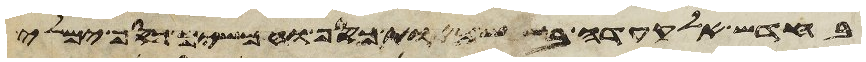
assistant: שלש מאות כסף וחמש חליפות